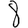
Digit: 8